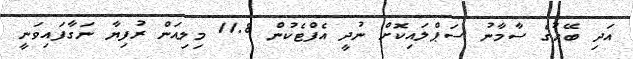
އަދި ބޭހުގެ ސާމާނު ސަޕްލައިކޮށް ނުދީ އެފްޓެކުން 11.8 މިލިއަން ރުފިޔާ ނަގާފައިވަނީ